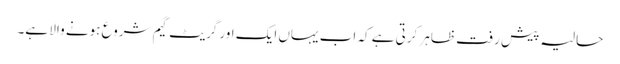
حالیہ پیش رفت ظاہر کرتی ہے کہ اب یہاں ایک اور گریٹ گیم شروع ہونے والا ہے۔